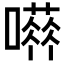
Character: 𡁐